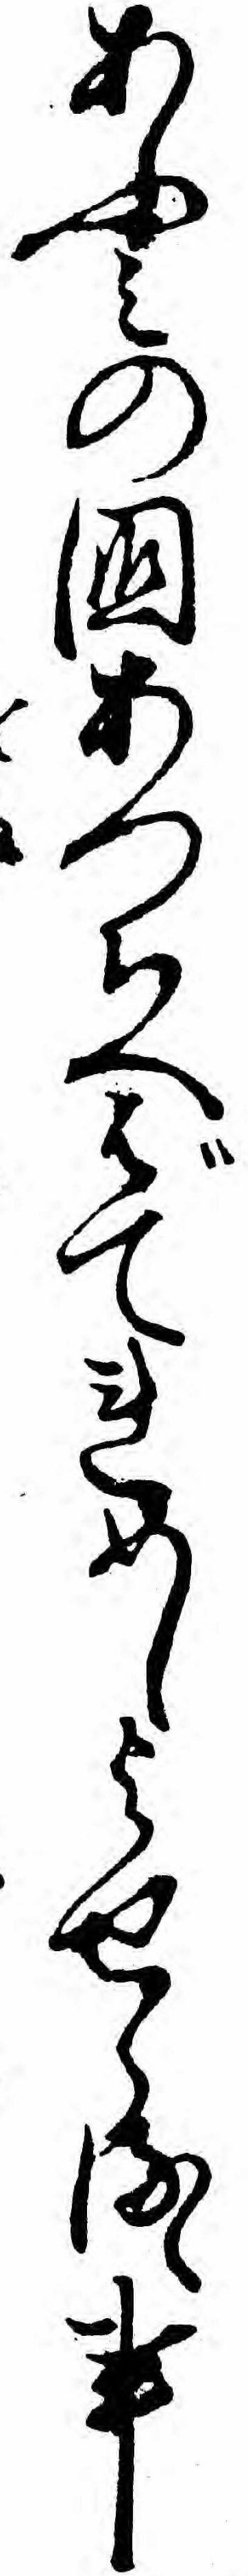
あふミの国あつちへばてれめしよせらるゝ事